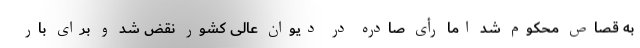
به قصاص محکوم شد اما رأی صادره در دیوان عالی کشور نقض شد و برای بار